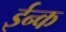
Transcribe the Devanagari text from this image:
ईन्क